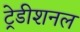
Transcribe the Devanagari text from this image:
ट्रेडीशनल